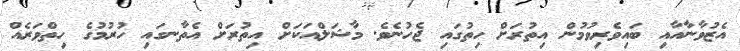
އެޒުވާނާއާއި ބައިވެރިވުމުން އިތުރަށް ހިތުގައި ޖެހުނެވެ. މާޝަލްއަކަށް އިތުރަށް އެތާނގައި ހުރުމުގެ ހިތްވަރެއް